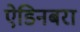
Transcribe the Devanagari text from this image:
ऐडिनबरा